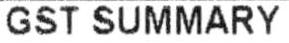
GST SUMMARY